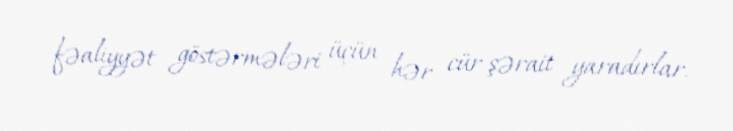
fəaliyyət göstərmələri üçün hər cür şərait yaradırlar.